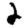
Digit: 2